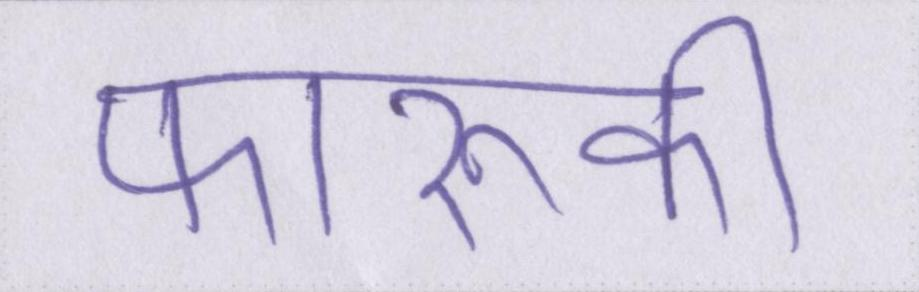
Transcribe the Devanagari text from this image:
फारूकी